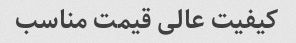
کیفیت عالی قیمت مناسب